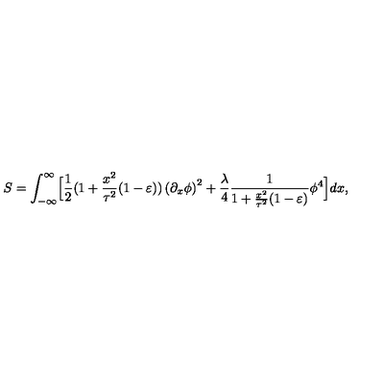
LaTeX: S = \int _ { - \infty } ^ { \infty } \Bigl [ { \frac { 1 } { 2 } } ( 1 + { \frac { x ^ { 2 } } { \tau ^ { 2 } } } ( 1 - \varepsilon ) ) \left( { \partial _ { x } \phi } \right) ^ { 2 } + { \frac { \lambda } { 4 } } { \frac { 1 } { 1 + { \frac { x ^ { 2 } } { \tau ^ { 2 } } } ( 1 - \varepsilon ) } } \phi ^ { 4 } \Bigr ] d x ,